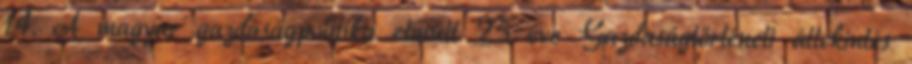
14. A magyar gazdaságpolitika elmúlt 25 éve Gazdaságtörténeti áttekintés